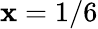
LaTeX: \mathbf{x}=1/6